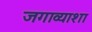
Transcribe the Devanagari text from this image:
जगाव्याशा